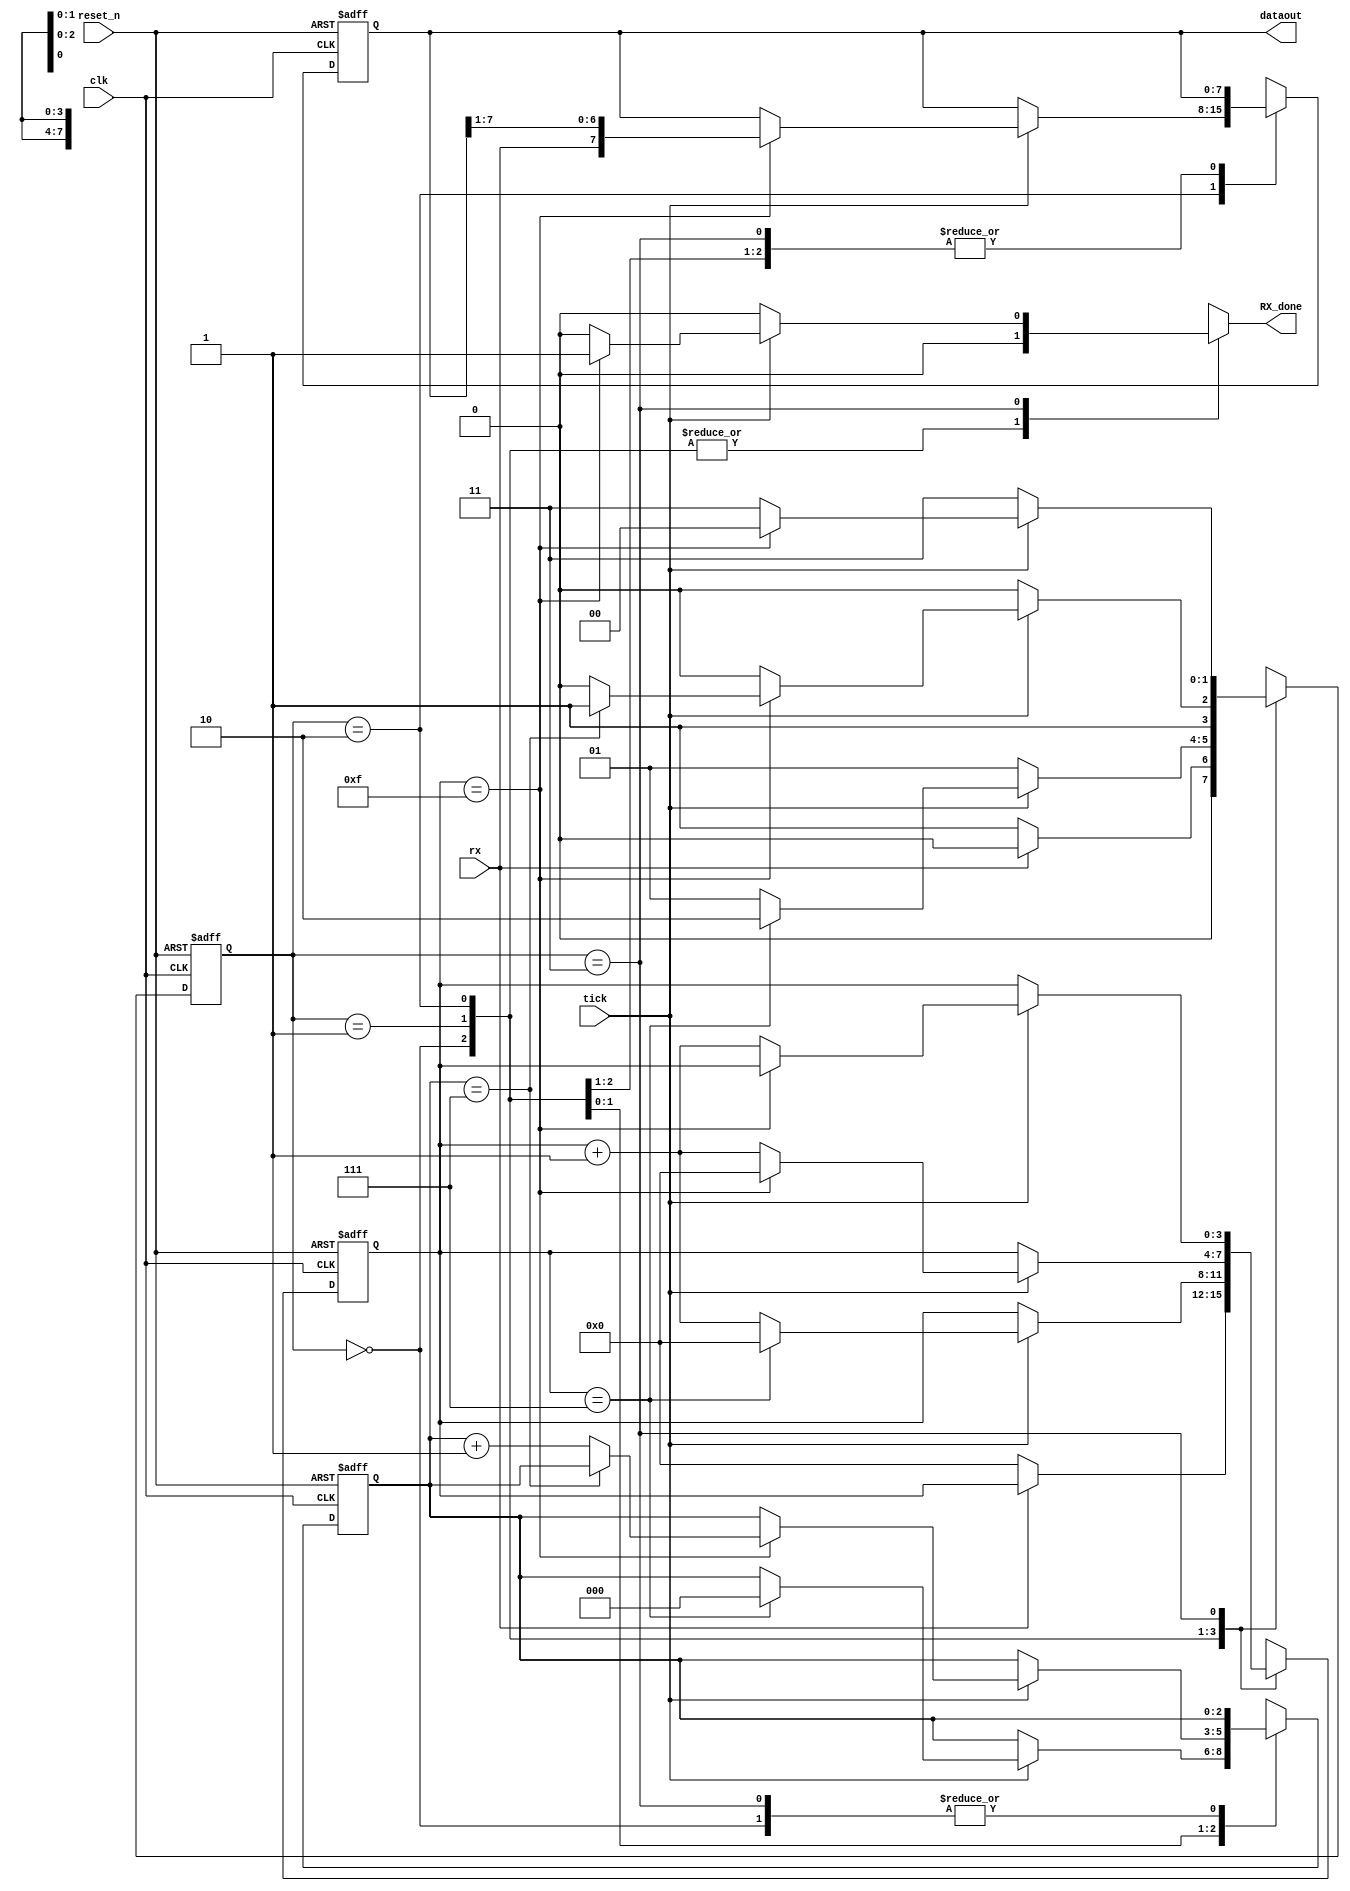
`timescale 1ns / 1ps
//////////////////////////////////////////////////////////////////////////////////
// Company: 
// Engineer: 
// 
// Design Name: 
// Module Name: UART_RX
// Project Name: 
// Target Devices: 
// Tool Versions: 
// Description: 
// 
// Dependencies: 
// 
// Revision:
// Revision 0.01 - File Created
// Additional Comments:
// 
//////////////////////////////////////////////////////////////////////////////////


module UART_RX #(parameter D_bits = 8 , S_TICKS = 16)(
    input clk,
    input reset_n,
    input rx,
    input tick,
    output [ D_bits-1 :0] dataout,
    output reg RX_done
    );
    
    reg [1:0] state_reg , state_next ;
    reg [D_bits-1:0] data_reg,data_next;
    reg [2:0] n_reg , n_next;
    reg [3:0] s_reg , s_next ;

    localparam IDLE  = 0,
               START = 1,
               DATA  = 2,
               STOP  = 3;
   always @(posedge clk , negedge reset_n)
        begin
            if(!reset_n)
            begin
                state_reg <= IDLE ;
                n_reg <= 0;
                s_reg <= 0;
                data_reg <= 0;
            end
            else
            begin
                state_reg <= state_next;
                n_reg <= n_next;
                s_reg <= s_next;
                data_reg <= data_next ;
            end
        end
   always @(*)
        begin
        RX_done = 1'b0;
        s_next=s_reg;
        n_next= n_reg;
        data_next =data_reg ;
        case(state_reg)
            IDLE :begin if (rx)
                    state_next = IDLE;
                   else
                   begin
                    state_next = START;
                    s_next = 0 ;
                   end
                  end
            START:begin
                    if(tick)
                    begin
                    if(s_reg==7)
                        begin
                        s_next = 0 ;
                        n_next=0;
                        state_next = DATA;
                        end 
                    else
                        begin
                        s_next = s_reg+1;
                        state_next = START;
                        end
                  end
                  else
                  state_next = START;
                  end
            DATA : begin
                    if(tick)
                    begin
                    if(s_reg==15)
                        begin
                        s_next= 0 ;
                        data_next = {rx,data_reg[7:1]};
                        if(n_reg== (D_bits-1))
                             state_next = STOP;
                        else
                            begin
                                n_next = n_reg+1;
                                state_next = DATA;
                            end
                        end 
                    else
                        begin
                        s_next = s_reg+1;
                        state_next = DATA;
                        end
                    end
                    else
                        state_next = DATA;
                  end
            STOP:begin 
            if(tick)
            begin
                    if(s_reg== S_TICKS-1)
                        begin
                          RX_done = 1'b1;
                          state_next = IDLE;
                        end
                    else
                        begin
                        s_next= s_reg+1;
                        state_next = STOP;
                        end
             end
             else
                state_next = STOP;
             end
             default : state_next = IDLE;
        endcase
        end
        assign dataout = data_reg;
endmodule